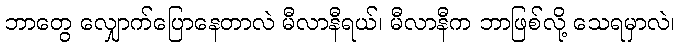
ဘာတွေ လျှောက်ပြောနေတာလဲ မီလာနီရယ်၊ မီလာနီက ဘာဖြစ်လို့ သေရမှာလဲ၊